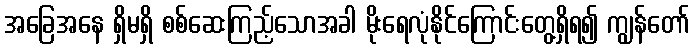
အခြေအနေ ရှိမရှိ စစ်ဆေးကြည့်သောအခါ မိုးရေလုံနိုင်ကြောင်းတွေ့ရှိရ၍ ကျွန်တော်